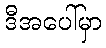
ဒီအပေါ်မှာ